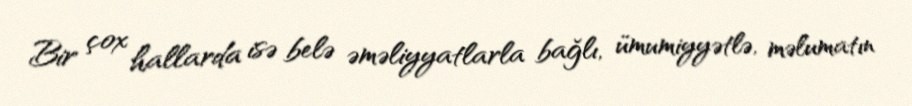
Bir çox hallarda isə belə əməliyyatlarla bağlı, ümumiyyətlə, məlumatın